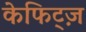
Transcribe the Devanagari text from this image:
केफिट्ज़